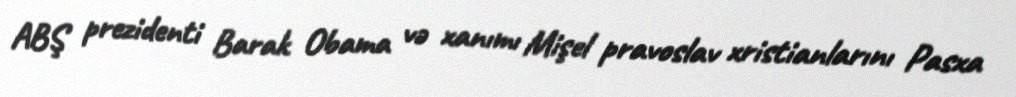
ABŞ prezidenti Barak Obama və xanımı Mişel pravoslav xristianlarını Pasxa